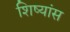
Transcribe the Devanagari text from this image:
शिष्यांस